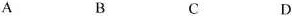
A B C D